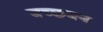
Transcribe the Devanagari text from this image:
बच्छबन